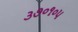
૩૭૦૧૦૫